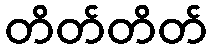
တိတ်တိတ်